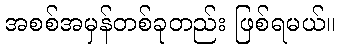
အစစ်အမှန်တစ်ခုတည်း ဖြစ်ရမယ်။